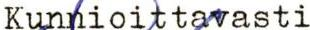
Kunnioittavasti